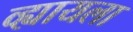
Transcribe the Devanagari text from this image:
व्ह्यायला